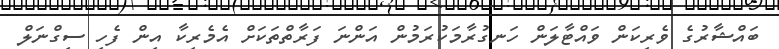
ބައްޝާރުގެ ވެރިކަން ވައްޓާލަން ހަނގުރާމަކުރަމުން އަންނަ ފަރާތްތަކަށް އެމެރިކާ އިން ފެހި ސިގްނަލް